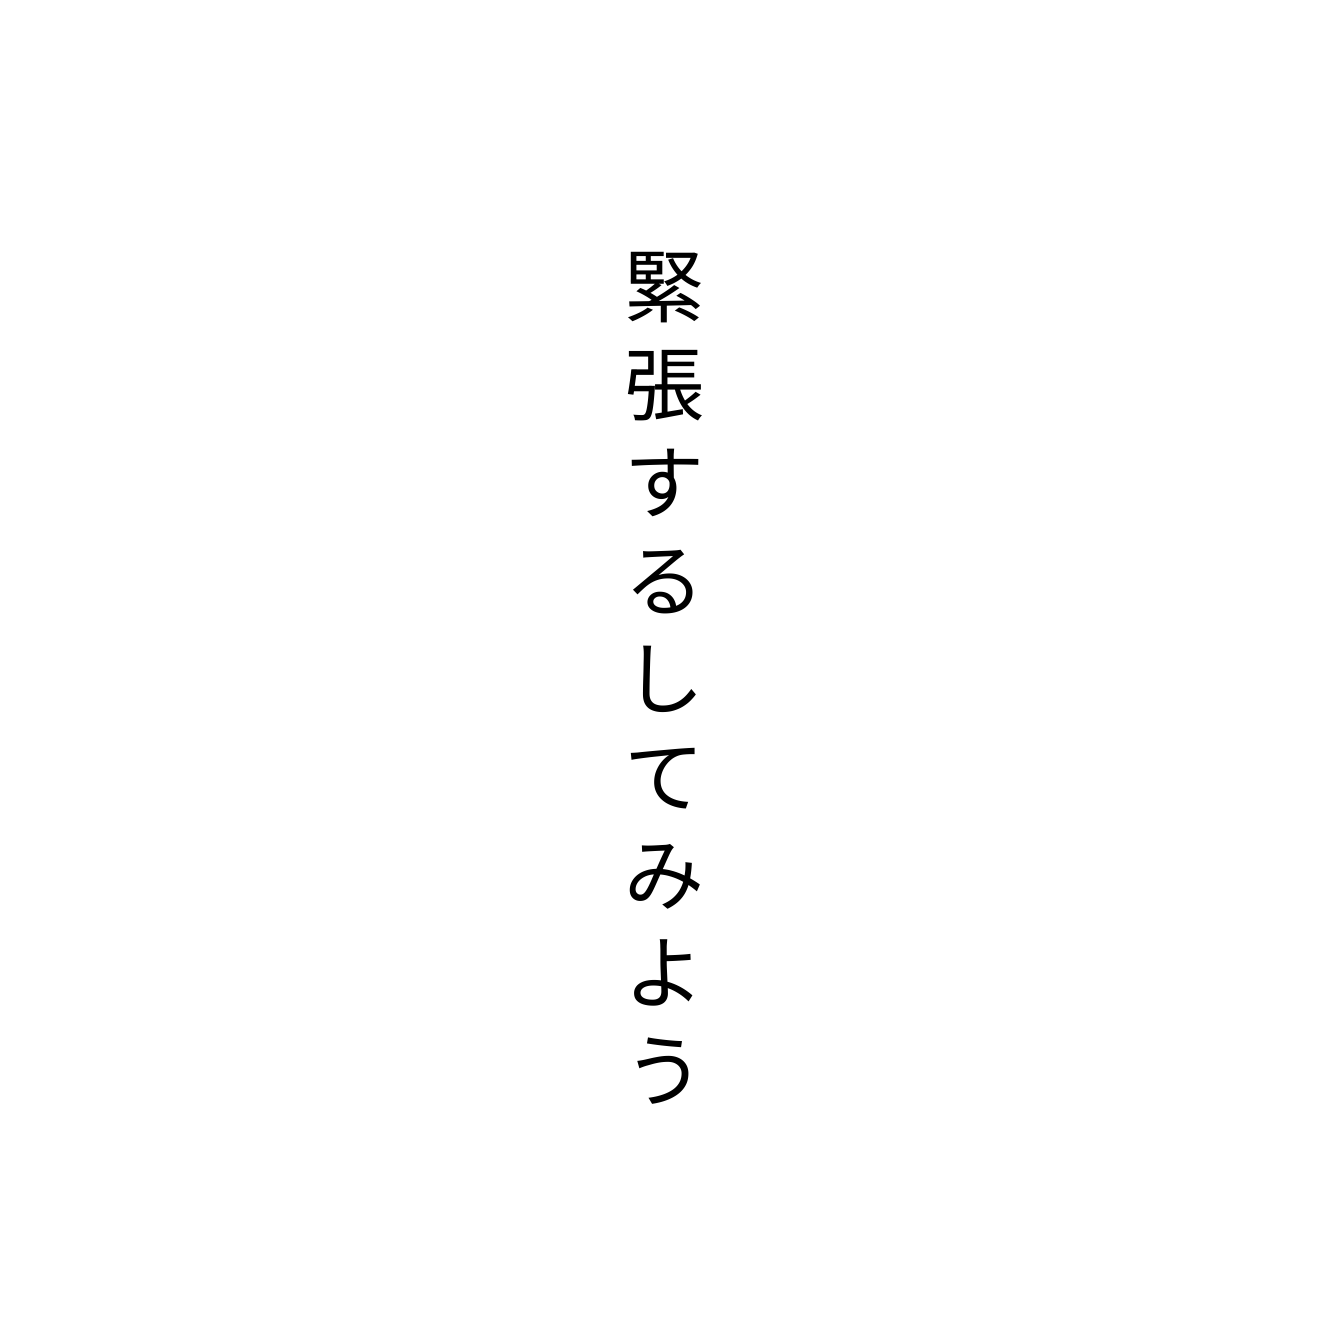
緊張するしてみよう